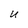
Character: U